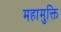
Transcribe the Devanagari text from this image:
महामुक्ति